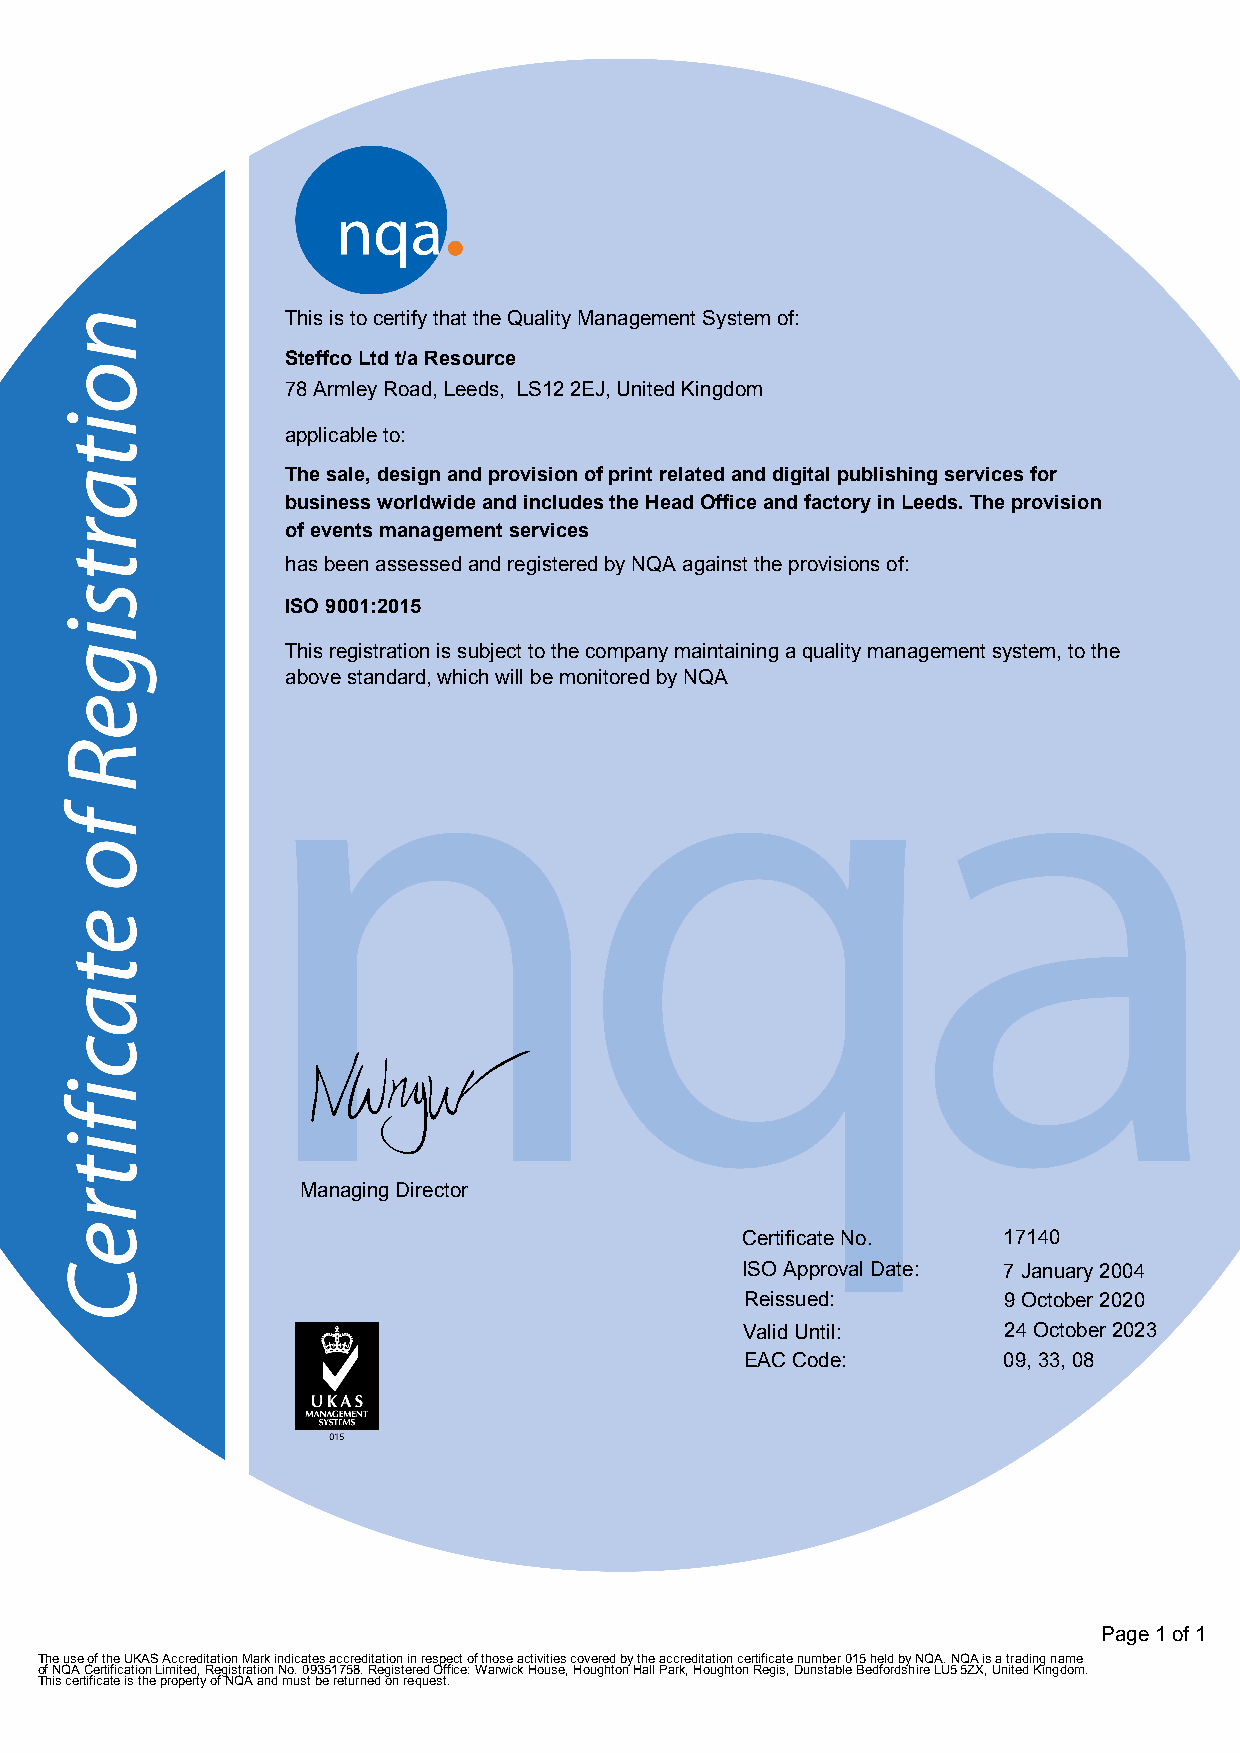
This is to certify that the Quality Management System of:
 Steffco Ltd t/a Resource
 78 Armley Road, Leeds, LS12 2EJ, United Kingdom
 applicable to:
 The sale, design and provision of print related and digital publishing services for
 business worldwide and includes the Head Office and factory in Leeds. The provision
 of events management services
 has been assessed and registered by NQA against the provisions of:
 ISO 9001:2015
 This registration is subject to the company maintaining a quality management system, to the
 above standard, which will be monitored by NQA
 F
 Managing Director
 Certificate No.  17140
 ISO Approval Date: 7 January 2004
 Reissued:        9 October 2020
 Valid Until:     24 October 2023
 EAC Code:        09, 33, 08
 Page 1 of 1
 The use of the UKAS Accreditation Mark indicates accreditation in respect of those activities covered by the accreditation certificate number 015 held by NQA. NQA is a trading name
 of NQA Certification Limited, Registration No. 09351758. Registered Office: Warwick House, Houghton Hall Park, Houghton Regis, Dunstable Bedfordshire LU5 5ZX, United Kingdom.
 This certificate is the property of NQA and must be returned on request.